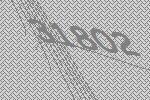
31802